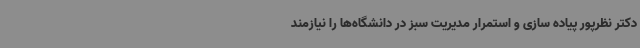
دکتر نظرپور پیاده سازی و استمرار مدیریت سبز در دانشگاه‌ها را نیازمند